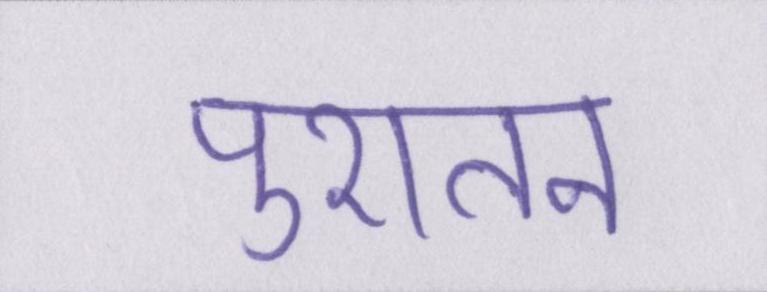
पुरातन